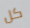
كل